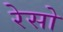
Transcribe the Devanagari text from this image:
रेसो